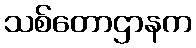
သစ်တောဌာနက